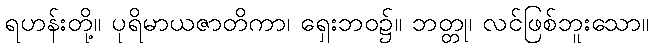
ရဟန်းတို့။ ပုရိမာယဇာတိကာ၊ ရှေးဘဝ၌။ ဘတ္တု၊ လင်ဖြစ်ဘူးသော။